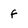
Character: f